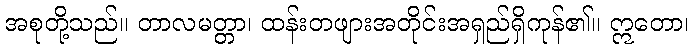
အစုတို့သည်။ တာလမတ္တာ၊ ထန်းတဖျားအတိုင်းအရှည်ရှိကုန်၏။ ဣတော၊